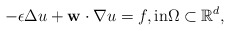
\begin{align*} -\epsilon\Delta u + \mathbf{w}\cdot\nabla u= f, \mbox{in}\Omega \subset \mathbb{R}^d,\end{align*}